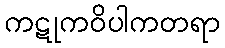
ကဋုကဝိပါကတရာ